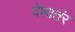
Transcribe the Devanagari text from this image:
देशातंर